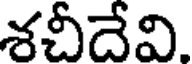
శచీదేవి.